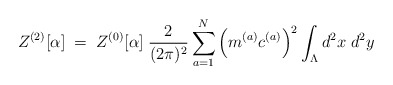
\begin{align*}Z^{(2)}[\alpha] \; = \; Z^{(0)}[\alpha] \; \frac{2}{(2\pi)^2}\sum_{a=1}^N \Big( m^{(a)} c^{(a)} \Big)^2 \int_{\Lambda} d^2x \; d^2y\end{align*}